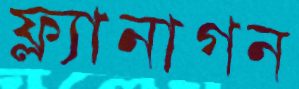
ফ্ল্যানাগন